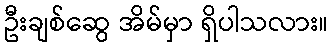
ဦးချစ်ဆွေ အိမ်မှာ ရှိပါသလား။